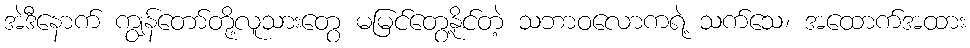
အဲဒီနောက် ကျွန်တော်တို့လူသားတွေ မမြင်တွေ့နိုင်တဲ့ သဘာဝလောကရဲ့ သက်သေ၊ အထောက်အထား